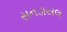
સનડાયલ